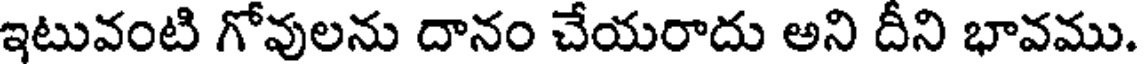
ఇటువంటి గోవులను దానం చేయరాదు అని దీని భావము.